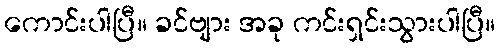
ကောင်းပါပြီ။ ခင်ဗျား အခု ကင်းရှင်းသွားပါပြီ။